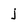
Character: j